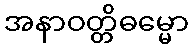
အနာဝတ္တိဓမ္မော